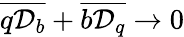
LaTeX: \overline{{q{\cal D}_{b}}}+\overline{{b{\cal D}_{q}}}\to 0